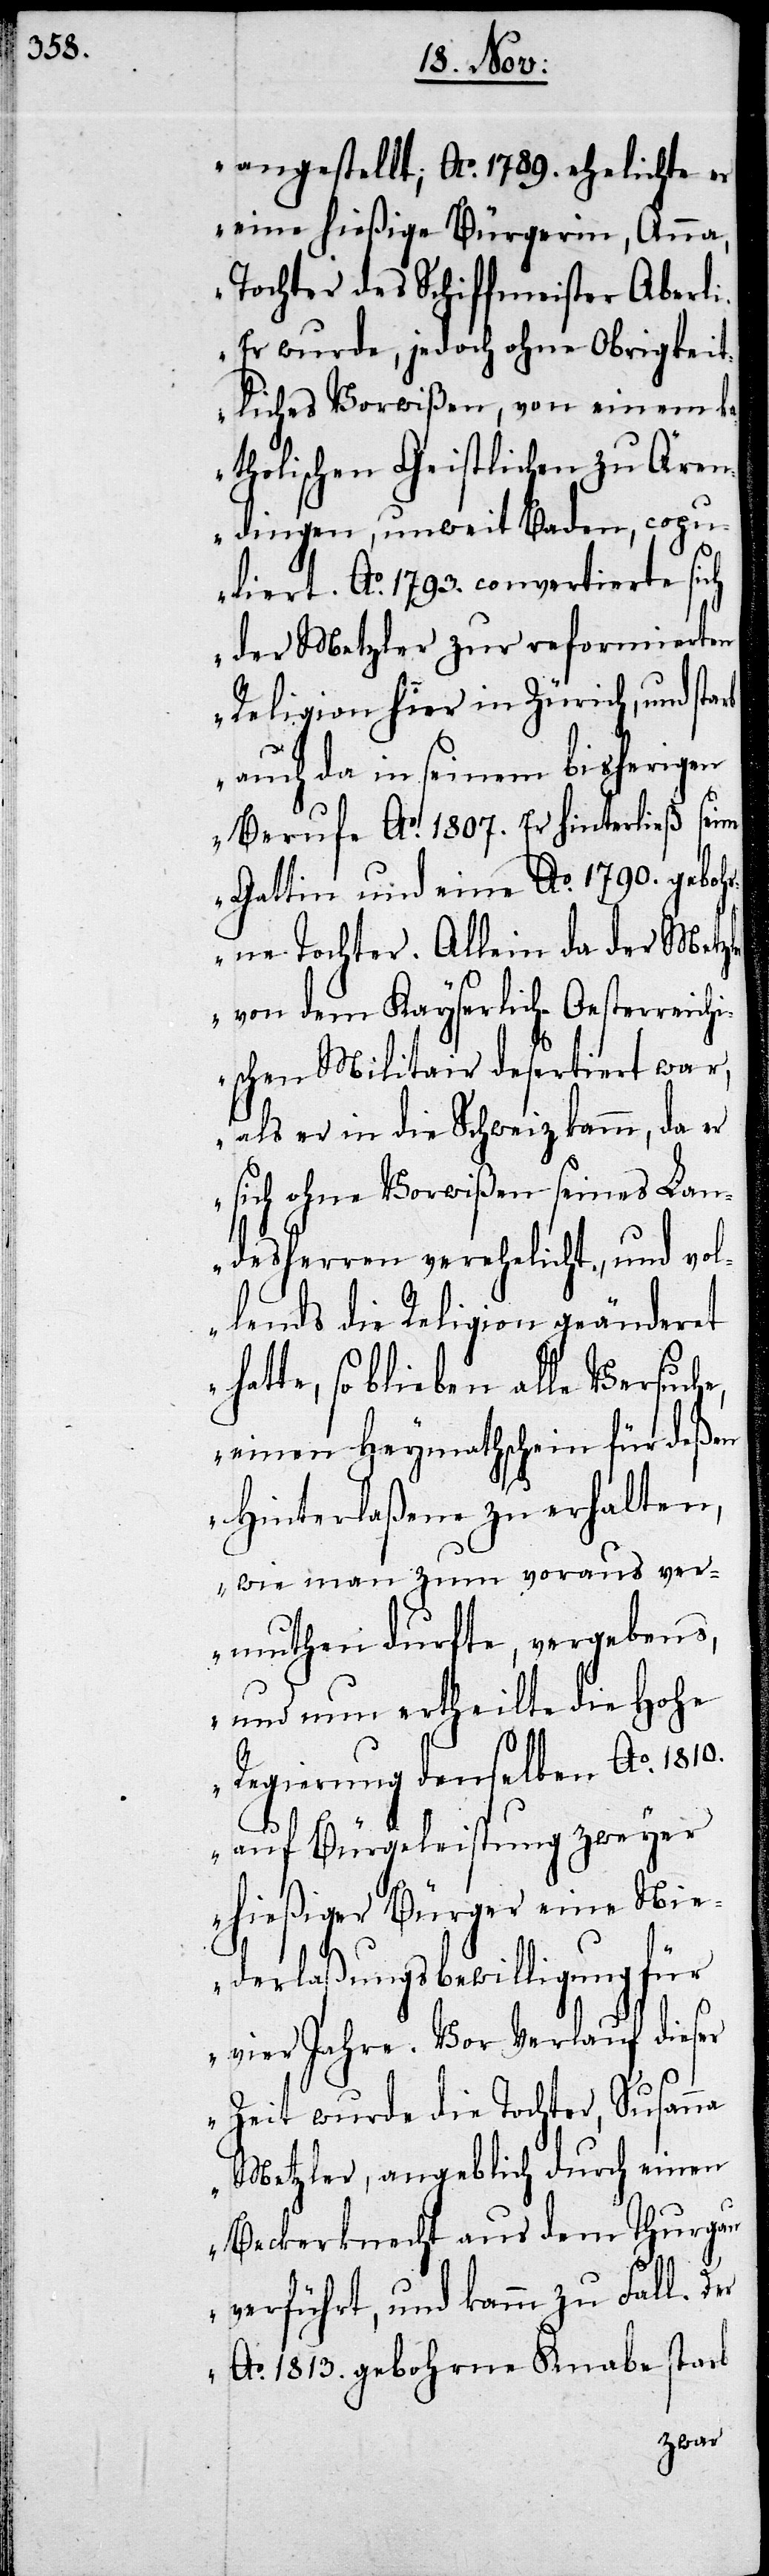
angestellt, Ao. 1789. ehelichte er
eine hießige Bürgerin, Anna,
Tochter des Schiffmeister Aberli.
Er wurde, jedoch ohne Obrigkeit¬
liches Vorwißen, von einem k¬
atholischen Geistlichen zu Ären¬
dingen, unweit Baden, copu¬
liert. Ao. 1793. convertierte sich
der Metzler zur reformierten
Religion hier in Zürich, und starb
auch da in seinem bisherigen
Berufe Ao. 1807. Er hinterließ seine
Gattin und eine Ao. 1790. geboh¬
rne Tochter. Allein da der Metzl¬
er von dem Kayserlich-Oesterreichi¬
schen Militair desertiert war,
als er in die Schweiz kamm, da er
sich ohne Vorwißen seines Lan¬
desherren verehelicht, und vol¬
lends die Religion geänderet
hatte, so blieben alle Versuch¬
einen Heymathschein für deßen
Hinterlaßene zu erhalten,
wie man zum voraus ver¬
muthen durfte, vergebens,
und nun ertheilte die Hohe
auf Bürgeleistung zweyer
hießiger Bürger eine Nie¬
derlaßungsbewilligung für
vier Jahre. Vor Verlauf dieser
Zeit wurde die Tochter, Susanna
Metzler, angeblich durch einen
Beckersknecht aus dem Thurgau
1810.
verführt, und kamm zu Fall. Der
Ao. 1813. gebohrne Knabe starb